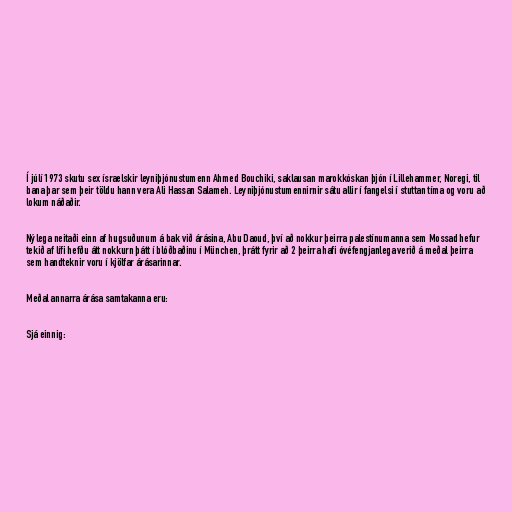
Í júlí 1973 skutu sex ísraelskir leyniþjónustumenn Ahmed Bouchiki, saklausan marokkóskan þjón í Lillehammer, Noregi, til
bana þar sem þeir töldu hann vera Ali Hassan Salameh. Leyniþjónustumennirnir sátu allir í fangelsi í stuttan tíma og voru að
lokum náðaðir.

Nýlega neitaði einn af hugsuðunum á bak við árásina, Abu Daoud, því að nokkur þeirra palestínumanna sem Mossad hefur
tekið af lífi hefðu átt nokkurn þátt í blóðbaðinu í München, þrátt fyrir að 2 þeirra hafi óvéfengjanlega verið á meðal þeirra
sem handteknir voru í kjölfar árásarinnar.

Meðal annarra árása samtakanna eru:

Sjá einnig: